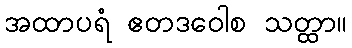
အထာပရံ ဧတဒဝေါစ သတ္ထာ။